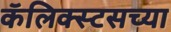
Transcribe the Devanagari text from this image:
कॅलिक्स्टसच्या